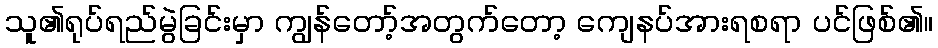
သူ၏ရုပ်ရည်မွဲခြင်းမှာ ကျွန်တော့်အတွက်တော့ ကျေနပ်အားရစရာ ပင်ဖြစ်၏။